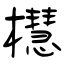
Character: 櫘